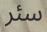
سئر